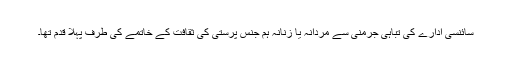
سائنسی ادارے کی تباہی جرمنی سے مردانہ یا زنانہ ہم جنس پرستی کی ثقافت کے خاتمے کی طرف پہلا قدم تھا۔